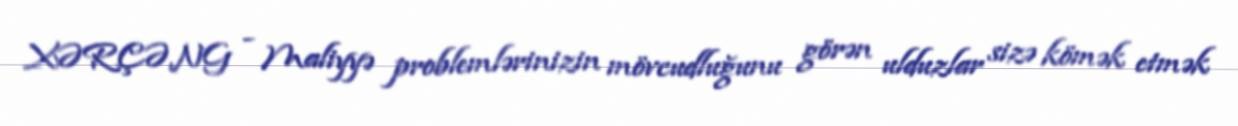
XƏRÇƏNG - Maliyyə problemlərinizin mövcudluğunu görən ulduzlar sizə kömək etmək